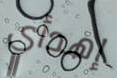
إهدأي